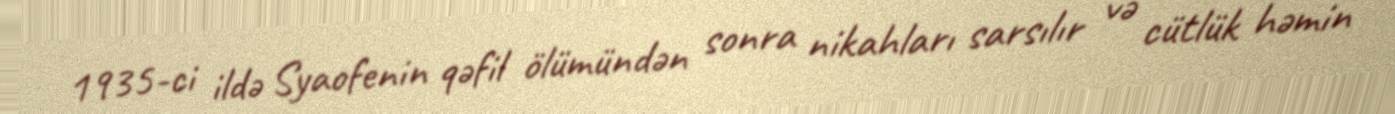
1935-ci ildə Syaofenin qəfil ölümündən sonra nikahları sarsılır və cütlük həmin